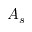
A _ { s }